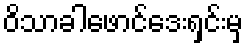
ဝိသာခါဖောင်ဒေးရှင်းမှ